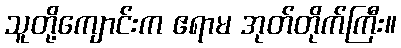
သူတို့ကျောင်းက ဧရာမ အုတ်တိုက်ကြီး။